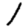
Digit: 1